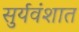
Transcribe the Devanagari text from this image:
सुर्यवंशात